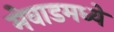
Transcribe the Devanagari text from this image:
मेवाडमध्ये